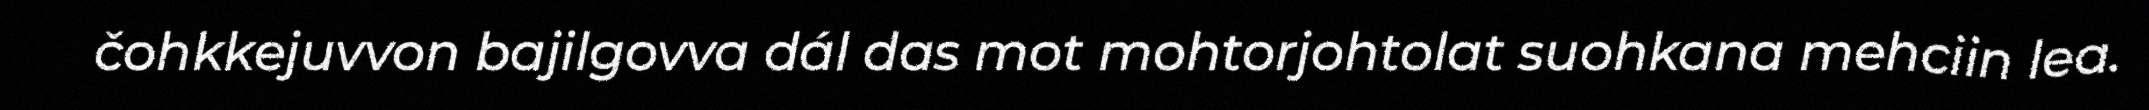
čohkkejuvvon bajilgovva dál das mot mohtorjohtolat suohkana mehciin lea.